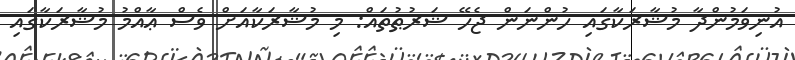
އުނިވަމުންދާ މުޝާރަކާގައި ހުންނަން ޖެހޭ ޝަރުޠުތައް: މި މުޝާރަކާއަށް ވެސް ޢާއްމު މުޝާރަކާގައި